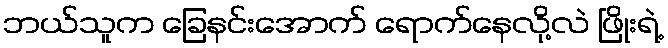
ဘယ်သူက ခြေနင်းအောက် ရောက်နေလို့လဲ ဖြိုးရဲ့